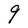
Character: g